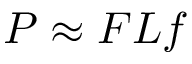
P \approx F L f